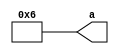
module RecursiveFunction(a);
	output reg [31:0] a;
	
	function automatic [31:0] calFactorial;
		input [7:0] number;
		begin
			if(number == 1)
				calFactorial = 1;
				
			else
				calFactorial = number * (calFactorial(number -1));
		end
	endfunction
		initial a = calFactorial(3);
endmodule